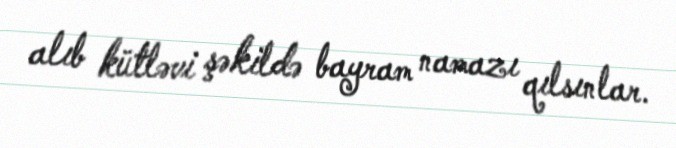
alıb kütləvi şəkildə bayram namazı qılsınlar.